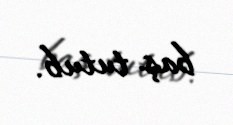
baş tutub.